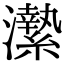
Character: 𤃲